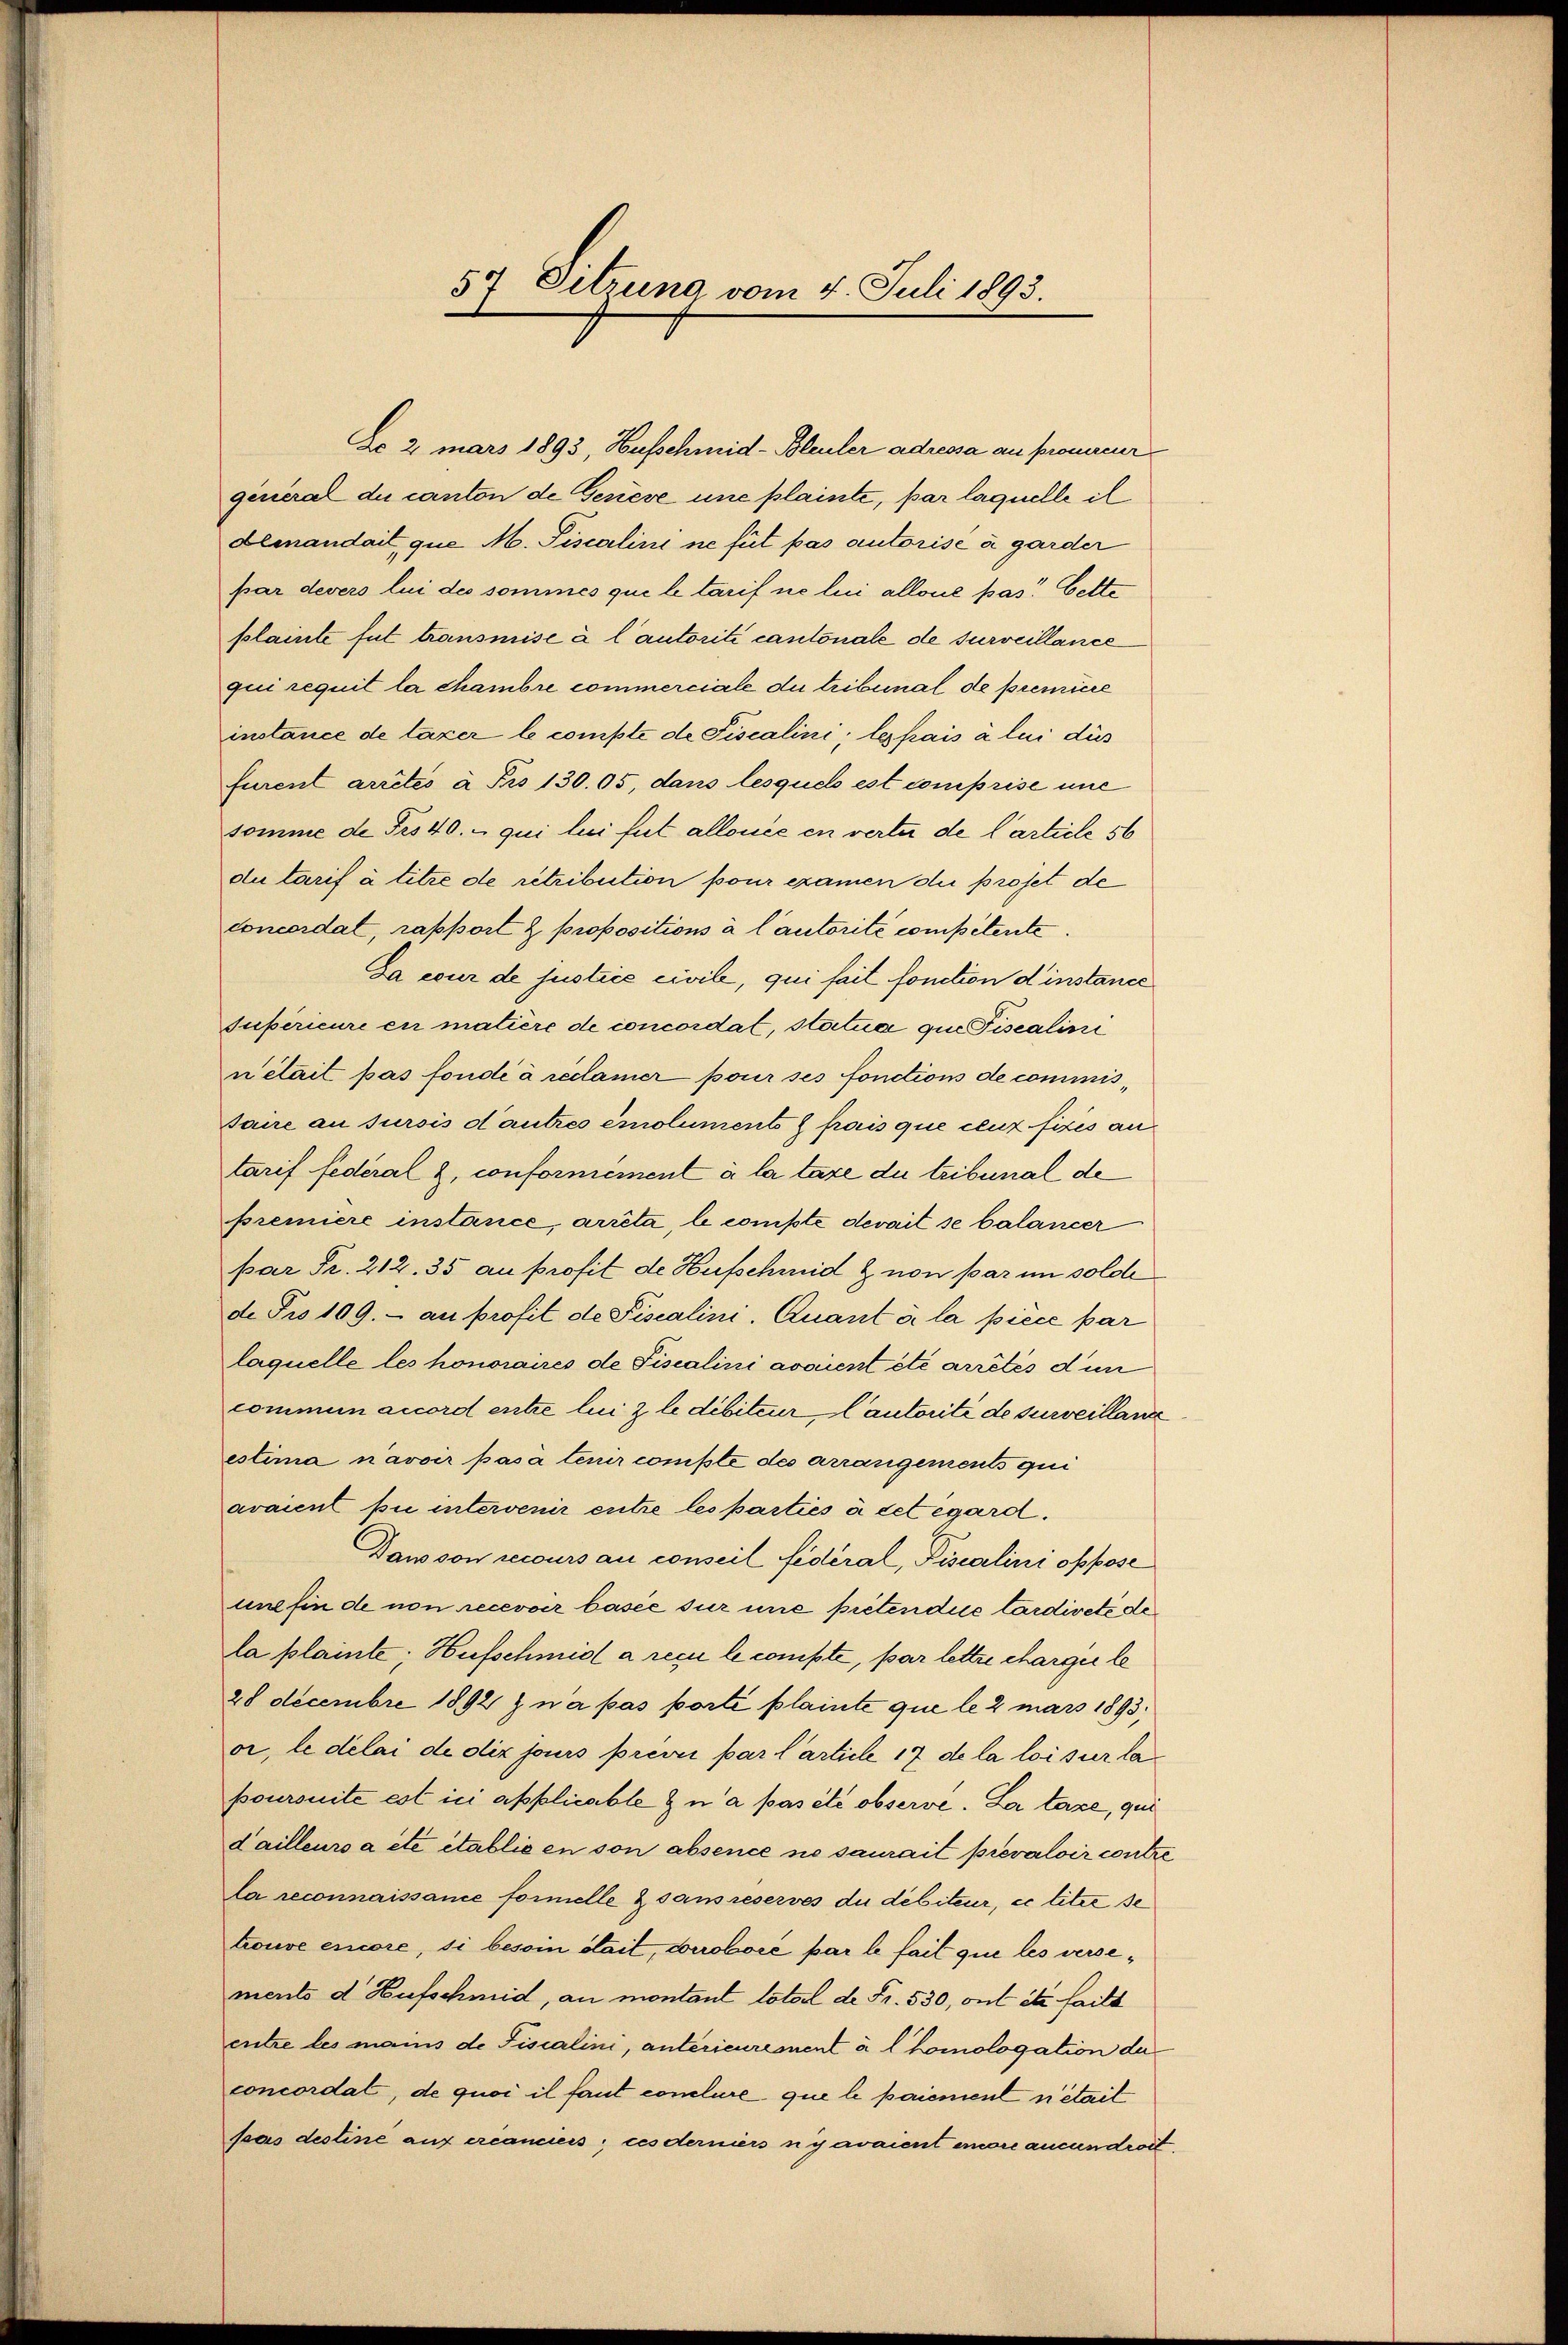
54 Eitzung vom 4. Juli 1893.

Do 2 mars 1893, Hufschmid-Bleuler adressa an promieur
general du canton de Geriere une plainte, par laquelle il
demandait, que M. Piscaline ne fut pas autorise à garder
par devers lui des sommes que le tarif ne lui allone pas. Cette
plainte fut transmise à l’autorité cantonale de surveillance
qui requit la chambre commerciale du tribunal de première
instance de taxer le compte de Fiscalini; lepais à lui dies
furent arrêtés à Fr. 130.05, dans lesquel est comprise une
somme de Fr. 40. qui lui fut allouée en verter de l’article 56
di tarif à titre de retribution pour examen du projet de
concordat, rapport & propositions à l’autorité competente.
Ja cour de justice civile, qui fait fonction d’instance
supérieure en matiere de concordat, statua que Fiscalini
nétait pas fondé à reclamer pour ses fonctions de commis¬
Jaue an Jursis d’autres emoluments frais que ceux firis an
tarif federal 2, conformement à la taxe du tribunal de
premiere instance, arréta, le conste devait se balancer
par Fr. 212. 35 au profit de Hufschmid & von par im solche
de Fro 109. - au profit de Piscalini. Quant à la pièce par
laquelle les honoraires de Fiscalini avaient été arrêtés dur
commun accord entre lui z le débiteur Cautorité de surveilland
estima navoir pasa tenir compte des arrangements qui
avaient pii intervenir entre les parties à cet égard.
Dawson recours au conseil fédéral, Piscalini oppose
une finde non recevoir basée sur une preten die tardirete de
la plainte; Hufschmidl a reçu le compte, par lettre charge le
28 Decembre 1892 z n’a pas porté plainte que le 2 mars 1893,
or, le délai de dix jours previ par l’article 17 de la loi sur lapoursuite est ici applicable & n a pas été observe. La taxe, qui
dailleurs a été établie en son absence ne saurait prévaloir contre
la reconnaissance formelle & sans reserves du débiteur, ce titre se
trouve encore, si besoin était, conoboré par le fait que les versements d. Hufschmid, au montant loteil de Fr. 530, ont et faill
entre les manis de Fiscalini, antérieurement à l Homologation de
concordat, de quoi il faut conclure que le paiement n’était
psas destine auf ercanciers; ces derniers ni avaient encore aucun droit